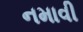
નમાવી